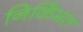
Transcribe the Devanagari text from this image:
निर्किंमत